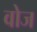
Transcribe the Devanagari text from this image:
वोज